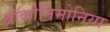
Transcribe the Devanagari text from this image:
ब्रॉकोनिमोनिया